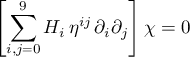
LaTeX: \left[ \sum _ { i , j = 0 } ^ { 9 } H _ { i } \, \eta ^ { i j } \, \partial _ { i } \partial _ { j } \right] \chi = 0